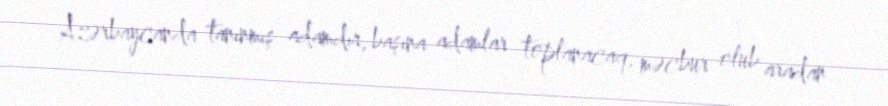
Azərbaycanda tanınmış adamdır, başına adamlar toplanacaq, məcbur olub aradan